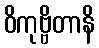
ဝိကုဗ္ဗိတာနိ